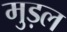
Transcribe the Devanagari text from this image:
मुड़ल